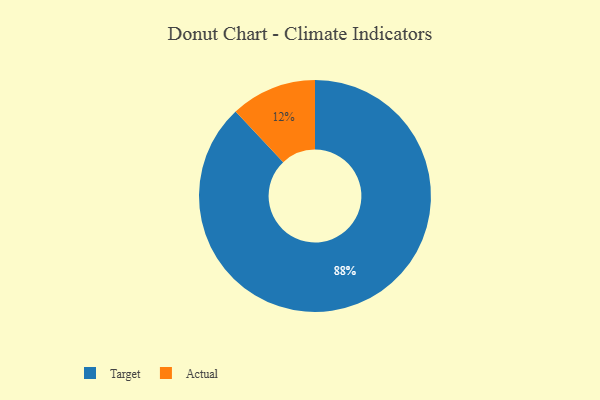
{"axis": {"x": "Category", "y": "Percentage"}, "legend": ["Actual", "Target"], "data": [{"x": "Actual", "y": 12, "type": "Actual"}, {"x": "Target", "y": 88, "type": "Target"}]}